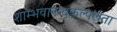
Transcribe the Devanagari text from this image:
शाम्भवानन्दकल्पलता